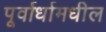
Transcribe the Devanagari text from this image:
पूर्वार्धामधील